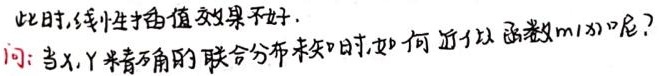
此时,线性插值效果不好.
问:当$X,Y$未知的联合分布未知时,如何近似函数$m(x)$呢?